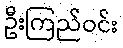
ဦးကြည်ဝင်း